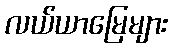
လယ်ယာမြေများ